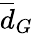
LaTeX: \overline{{d}}_{G}